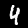
Digit: 4